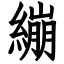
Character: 繃